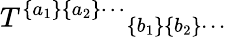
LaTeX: {T^{\{ a_{1}\} \{ a_{2}\} \cdots}}_{\{ b_{1}\} \{ b_{2}\} \cdots}